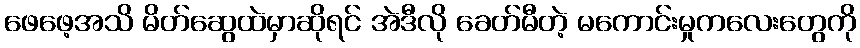
ဖေဖေ့အသိ မိတ်ဆွေထဲမှာဆိုရင် အဲဒီလို ခေတ်မီတဲ့ မကောင်းမှုကလေးတွေကို